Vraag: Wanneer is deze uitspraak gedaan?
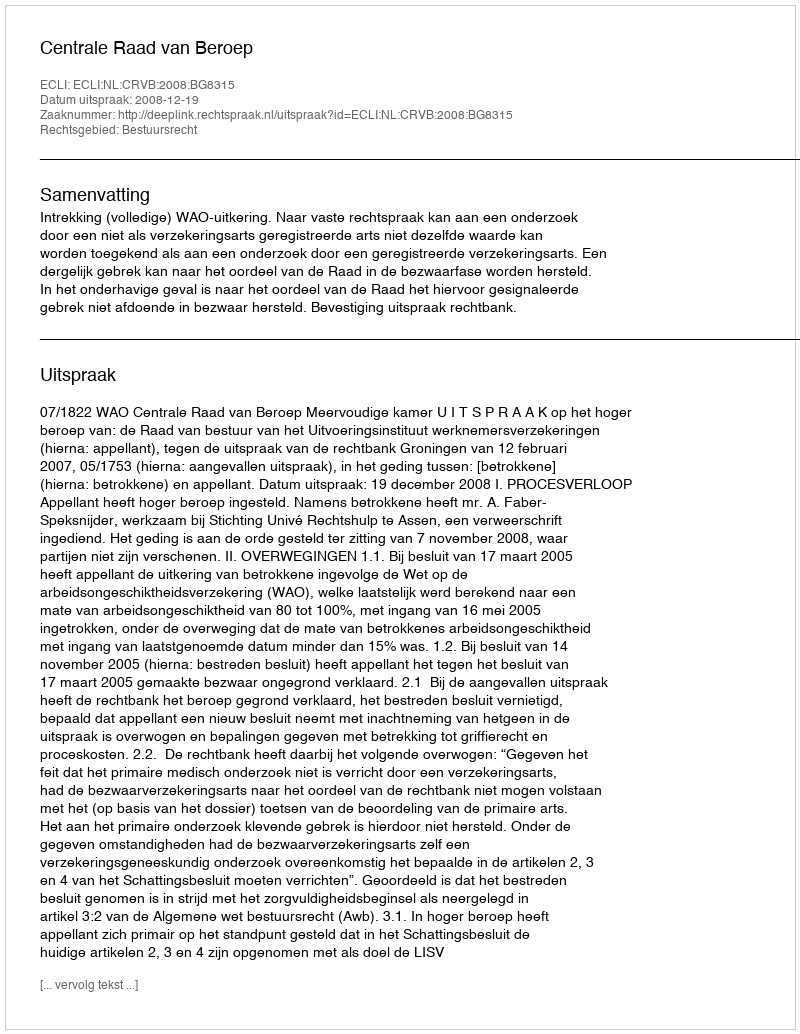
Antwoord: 2008-12-19